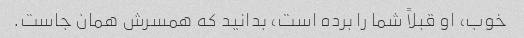
خوب، او قبلاً شما را برده است، بدانید که همسرش همان جاست.